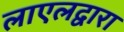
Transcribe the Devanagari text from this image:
लाएलद्वारा